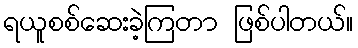
ရယူစစ်ဆေးခဲ့ကြတာ ဖြစ်ပါတယ်။